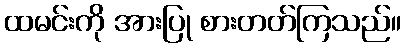
ထမင်းကို အားပြု စားတတ်ကြသည်။